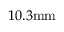
1 0 . 3 \mathrm { m m }